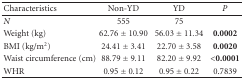
<table><thead><tr><td><b>Characteristics</b></td><td><b>Non-YD</b></td><td><b>YD</b></td><td><b><i>P</i></b></td></tr></thead><tbody><tr><td><i>N</i></td><td>555</td><td>75</td><td></td></tr><tr><td>Weight (kg)</td><td>62.76 ± 10.90</td><td>56.03 ± 11.34</td><td><b>0.0002</b></td></tr><tr><td>BMI (kg/m<sup>2</sup>)</td><td>24.41 ± 3.41</td><td>22.70 ± 3.58</td><td><b>0.00</b><b>20</b></td></tr><tr><td>Waist circumference (cm)</td><td>88.79 ± 9.11</td><td>82.20 ± 9.92</td><td><b>&lt;</b><b>0</b><b>.0001</b></td></tr><tr><td>WHR</td><td>0.95 ± 0.12</td><td>0.95 ± 0.22</td><td>0.7839</td></tr></tbody></table>